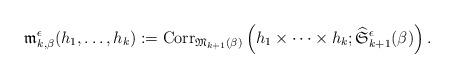
LaTeX: \begin{align*}\frak m^{\epsilon}_{k,\beta}(h_1,\dots,h_k):={\rm Corr}_{\frak M_{k+1}(\beta)}\left(h_1\times\dots\times h_k;\widehat{\frak S}^{\epsilon}_{k+1}(\beta)\right).\end{align*}